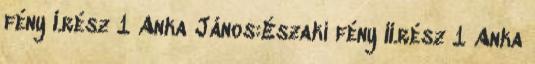
fény I.rész 1 Anka János:Északi fény II.rész 1 Anka